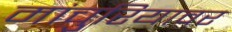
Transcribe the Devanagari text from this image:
मांचुरियावर